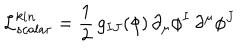
\mathcal { L } _ { s c a l a r } ^ { k i n } = \frac { 1 } { 2 } \, g _ { I J } ( \phi ) \, \partial _ { \mu } \phi ^ { I } \, \partial ^ { \mu } \phi ^ { J }